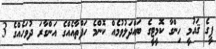
ޕީގެ ޤައުމީ ހިންގާ ކޮމީޓީގެ ބައްދަލުވުމެއް ކޮންމެ ހަފްތާއެއްގެ އަންގާރަ ދުވަހެއްގެ 3